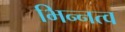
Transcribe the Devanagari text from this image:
भिन्‍नत्व